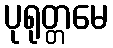
ပုရုတ္တမေ